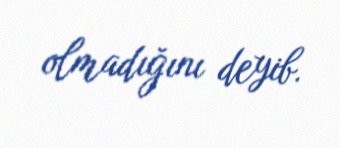
olmadığını deyib.